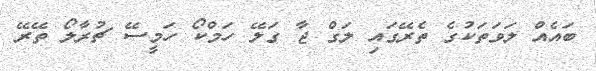
ބައެއް ލަވަތަކުގެ ތެރޭގައި ލަގް ޖާ ގަލޭ ހަމްކޯ ހަމީސޭ ޗުރާލޯ ތޭރޭ